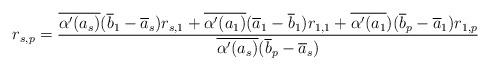
LaTeX: \begin{align*}r_{s,p}=\frac{\overline{\alpha'(a_s)}(\overline{b}_1-\overline{a}_s)r_{s,1}+\overline{\alpha'(a_1)}(\overline{a}_1-\overline{b}_1)r_{1,1}+\overline{\alpha'(a_1})(\overline{b}_p-\overline{a}_1)r_{1,p}}{\overline{\alpha'(a_s)}(\overline{b}_p-\overline{a}_s)}\end{align*}